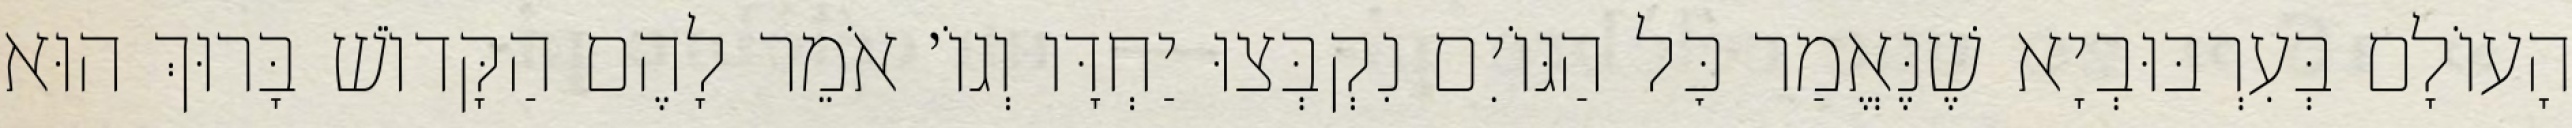
הָעוֹלָם בְּעִרְבּוּבְיָא שֶׁנֶּאֱמַר כׇּל הַגּוֹיִם נִקְבְּצוּ יַחְדָּו וְגוֹ׳ אֹמֵר לָהֶם הַקָּדוֹשׁ בָּרוּךְ הוּא